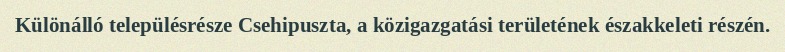
Különálló településrésze Csehipuszta, a közigazgatási területének északkeleti részén.